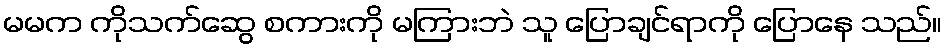
မမက ကိုသက်ဆွေ စကားကို မကြားဘဲ သူ ပြောချင်ရာကို ပြောနေ သည်။